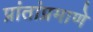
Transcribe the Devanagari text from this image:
प्रांतांप्रमाणे